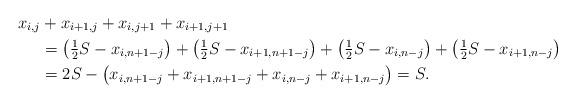
LaTeX: \begin{align*}x_{i,j} &+ x_{i+1,j} + x_{i,j+1} + x_{i+1,j+1} \\&= \bigl( \tfrac{1}{2} S - x_{i, n+1-j} \bigr)+ \bigl( \tfrac{1}{2} S - x_{i+1, n+1-j} \bigr)+ \bigl( \tfrac{1}{2} S - x_{i, n-j} \bigr) + \bigl( \tfrac{1}{2} S - x_{i+1, n-j} \bigr) \\&= 2S - \bigl( x_{i, n+1-j} + x_{i+1, n+1-j} + x_{i, n-j} + x_{i+1, n-j} \bigr) =S.\end{align*}